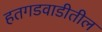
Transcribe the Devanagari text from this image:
हतगडवाडीतील